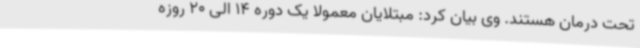
تحت درمان هستند. وی بیان کرد: مبتلایان معمولا یک دوره 14 الی 20 روزه